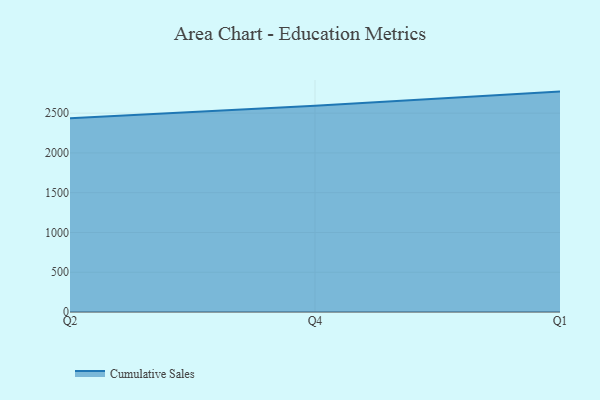
{"axis": {"x": "Quarter", "y": "LTV (USD)"}, "legend": ["Cumulative Sales"], "data": [{"x": "Q2", "y": 2436.6, "type": "Cumulative Sales"}, {"x": "Q4", "y": 2593.1, "type": "Cumulative Sales"}, {"x": "Q1", "y": 2770.8, "type": "Cumulative Sales"}]}